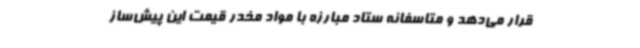
قرار می‌دهد و متاسفانه ستاد مبارزه با مواد مخدر قیمت این پیش‌ساز